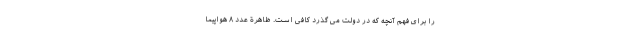
را برای فهم آنچه که در دولت می گذرد کافی است. ظاهرة عدد ۸ هواپیما